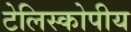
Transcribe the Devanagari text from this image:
टेलिस्कोपीय